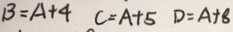
B = A + 4 C = A + 5 D = A + 8